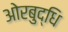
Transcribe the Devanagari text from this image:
ओरबुद्धि